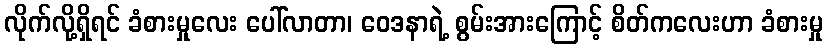
လိုက်လို့ရှိရင် ခံစားမှုလေး ပေါ်လာတာ၊ ဝေဒနာရဲ့ စွမ်းအားကြောင့် စိတ်ကလေးဟာ ခံစားမှု